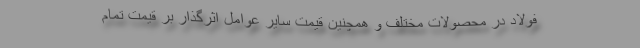
فولاد در محصولات مختلف و همچنین قیمت سایر عوامل اثرگذار بر قیمت تمام